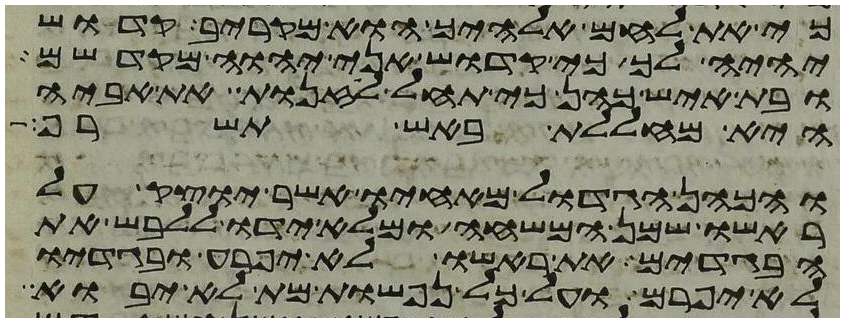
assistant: כי את לחם אלהיך הוא מקריב קדוש
יהיה לך כי קדוש אני יהוה מקדשם
ובת איש כהן כי תחל לזנות את אביה
היא מחללת באש תשרף
והכהן הגדול מאחיו אשר יוצק על
ראשו שמן המשחה ומלא ידו ללבש את
הבגדים את ראשו לא יפרע ובגדיו
לא יפרם ועל כל נפשות מת לא יבוא